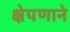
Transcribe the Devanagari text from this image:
क्षेपणाने